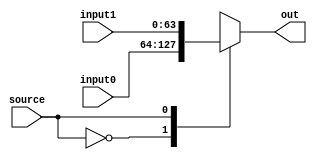
`timescale 1ns / 1ps

module one_64bit_mux(
  input source,
  input [63:0] input0,
  input [63:0] input1,
  output reg [63:0] out
);

initial begin
    out <= 64'b0;
end

always @(*) begin
    case (source) 
        1'b0:
            out = input0;
        1'b1:
            out = input1;
    endcase
end

endmodule

module two_64bit_mux(
  input [1:0] source,
  input [63:0] input0,
  input [63:0] input1,
  input [63:0] input2,
  input [63:0] input3,
  output reg [63:0] out
);

initial begin
    out <= 64'b0;
end

always @(*) begin
    case (source) 
        2'b00:
            out = input0;
        2'b01:
            out = input1;
        2'b10:
            out = input2;
        2'b11:
            out = input3;
    endcase
end

endmodule